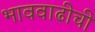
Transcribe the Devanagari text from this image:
भाववाढीची